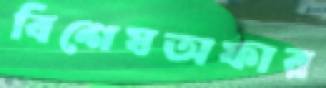
বিশেষঅফার